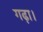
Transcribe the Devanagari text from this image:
गढ़ा।